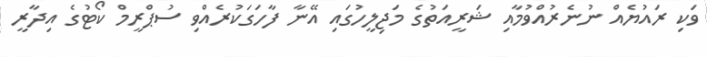
ވަކި ރައުޔެއް ނުނެރުއްވުމާއި ޝަރީއަތުގެ މަޖިލީހުގައި އޭނާ ފާހަގަކުރެއްވި ސުޕްރީމް ކޯޓުގެ އިދާރީ